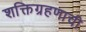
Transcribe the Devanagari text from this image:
शक्तिग्रहणाची